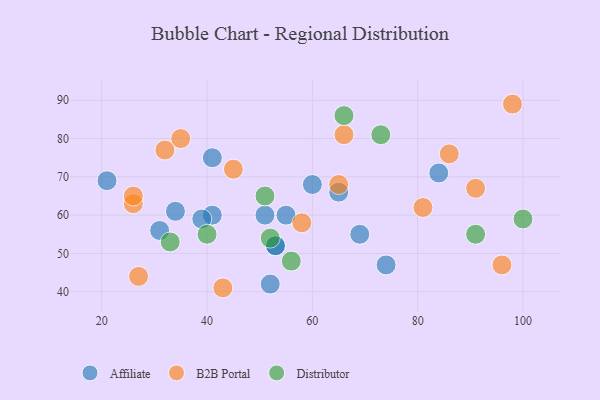
{"axis": {"x": "GDP", "y": "Life Expectancy"}, "legend": ["Affiliate", "B2B Portal", "Distributor"], "data": [{"x": "34", "y": 61, "type": "Affiliate"}, {"x": "51", "y": 60, "type": "Affiliate"}, {"x": "84", "y": 71, "type": "Affiliate"}, {"x": "21", "y": 69, "type": "Affiliate"}, {"x": "31", "y": 56, "type": "Affiliate"}, {"x": "53", "y": 52, "type": "Affiliate"}, {"x": "65", "y": 66, "type": "Affiliate"}, {"x": "74", "y": 47, "type": "Affiliate"}, {"x": "55", "y": 60, "type": "Affiliate"}, {"x": "52", "y": 42, "type": "Affiliate"}, {"x": "60", "y": 68, "type": "Affiliate"}, {"x": "41", "y": 60, "type": "Affiliate"}, {"x": "41", "y": 75, "type": "Affiliate"}, {"x": "39", "y": 59, "type": "Affiliate"}, {"x": "69", "y": 55, "type": "Affiliate"}, {"x": "53", "y": 52, "type": "Affiliate"}, {"x": "26", "y": 63, "type": "B2B Portal"}, {"x": "27", "y": 44, "type": "B2B Portal"}, {"x": "35", "y": 80, "type": "B2B Portal"}, {"x": "32", "y": 77, "type": "B2B Portal"}, {"x": "58", "y": 58, "type": "B2B Portal"}, {"x": "26", "y": 65, "type": "B2B Portal"}, {"x": "96", "y": 47, "type": "B2B Portal"}, {"x": "81", "y": 62, "type": "B2B Portal"}, {"x": "98", "y": 89, "type": "B2B Portal"}, {"x": "65", "y": 68, "type": "B2B Portal"}, {"x": "45", "y": 72, "type": "B2B Portal"}, {"x": "66", "y": 81, "type": "B2B Portal"}, {"x": "43", "y": 41, "type": "B2B Portal"}, {"x": "91", "y": 67, "type": "B2B Portal"}, {"x": "86", "y": 76, "type": "B2B Portal"}, {"x": "33", "y": 53, "type": "Distributor"}, {"x": "51", "y": 65, "type": "Distributor"}, {"x": "73", "y": 81, "type": "Distributor"}, {"x": "52", "y": 54, "type": "Distributor"}, {"x": "91", "y": 55, "type": "Distributor"}, {"x": "40", "y": 55, "type": "Distributor"}, {"x": "56", "y": 48, "type": "Distributor"}, {"x": "100", "y": 59, "type": "Distributor"}, {"x": "66", "y": 86, "type": "Distributor"}]}